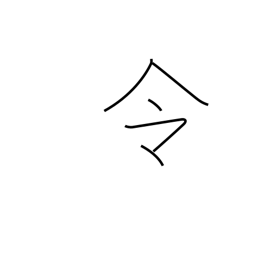
Meaning: command